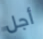
أجل